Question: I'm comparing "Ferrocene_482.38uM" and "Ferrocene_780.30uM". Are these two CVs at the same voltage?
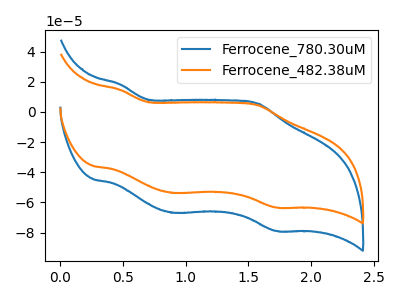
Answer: <think>The blue curve "Ferrocene_780.30uM" has anodic peaks at (0.50V, 18.25uA) (1.55V, 5.55uA) and cathodic peaks at (0.90V, -66.95uA) (1.75V, -79.00uA). The orange curve "Ferrocene_482.38uM" has anodic peaks at (0.50V, 14.65uA) (1.55V, 4.45uA) and cathodic peaks at (0.90V, -53.75uA) (1.75V, -63.45uA).
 All the peaks in "Ferrocene_482.38uM" have a peak in "Ferrocene_780.30uM" at the same potential. Every peak in "Ferrocene_482.38uM" is lower than every peak in "Ferrocene_780.30uM".</think>
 <answer>"Ferrocene_482.38uM" and "Ferrocene_780.30uM" are similar in shape.</answer>
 <eval>same_shape</eval>